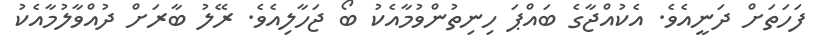
ފަހަތަށް ދަނީއެވެ. އެކުއްޖާގެ ބައްޕަ ހިނިތުންވުމާއެކު ބޯ ޖަހާލިއެވެ. ރޭލު ބާރަށް ދުއްވާލުމާއެކު